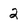
Character: 2